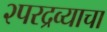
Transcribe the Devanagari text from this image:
२परद्रव्याचा